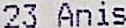
23 ANIS